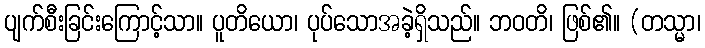
ပျက်စီးခြင်းကြောင့်သာ။ ပူတိယော၊ ပုပ်သောအခဲ့ရှိသည်။ ဘဝတိ၊ ဖြစ်၏။ (တသ္မာ၊